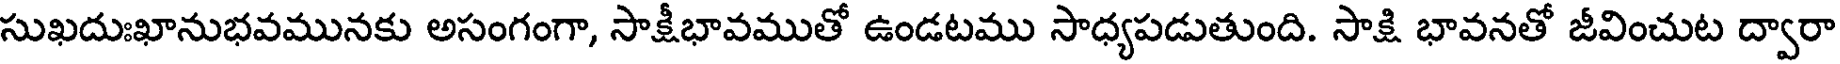
సుఖదుఃఖానుభవమునకు అసంగంగా, సాక్షీభావముతో ఉండటము సాధ్యపడుతుంది. సాక్షి భావనతో జీవించుట ద్వారా